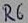
Text: R6